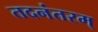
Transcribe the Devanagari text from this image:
तदनंतरम्